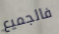
فالجميع